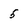
Character: 5